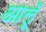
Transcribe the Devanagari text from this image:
आलूँ